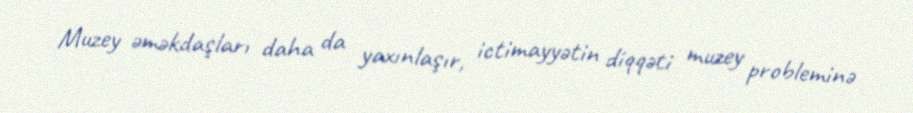
Muzey əməkdaşları daha da yaxınlaşır, ictimayyətin diqqəti muzey probleminə